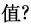
值?